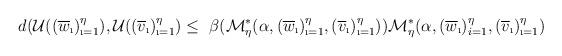
LaTeX: \begin{align*} d(\mathcal{U}((\overline{w}_{\i})_{\i=1}^{\eta}),\mathcal{U}((\overline{v}_{\i})_{\i=1}^{\eta})\leq~\beta(\mathcal{M}^{*}_{\eta}(\alpha, (\overline{w}_{\i})_{\i=1}^{\eta},(\overline{v}_{\i})_{\i=1}^{\eta}))\mathcal{M}^{*}_{\eta}(\alpha, (\overline{w}_{\i})_{i=1}^{\eta},(\overline{v}_{\i})_{\i=1}^{\eta})\end{align*}